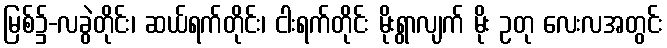
မြစ်၌-လခွဲတိုင်း၊ ဆယ်ရက်တိုင်း၊ ငါးရက်တိုင်း မိုးရွာလျက် မိုး ဥတု လေးလအတွင်း